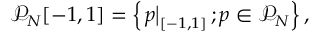
\begin{array} { r } { \mathcal { P } _ { N } [ - 1 , 1 ] = \left\{ \left. p \right| _ { [ - 1 , 1 ] } ; p \in \mathcal { P } _ { N } \right\} , } \end{array}